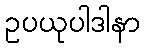
ဥပယုပါဒါနာ